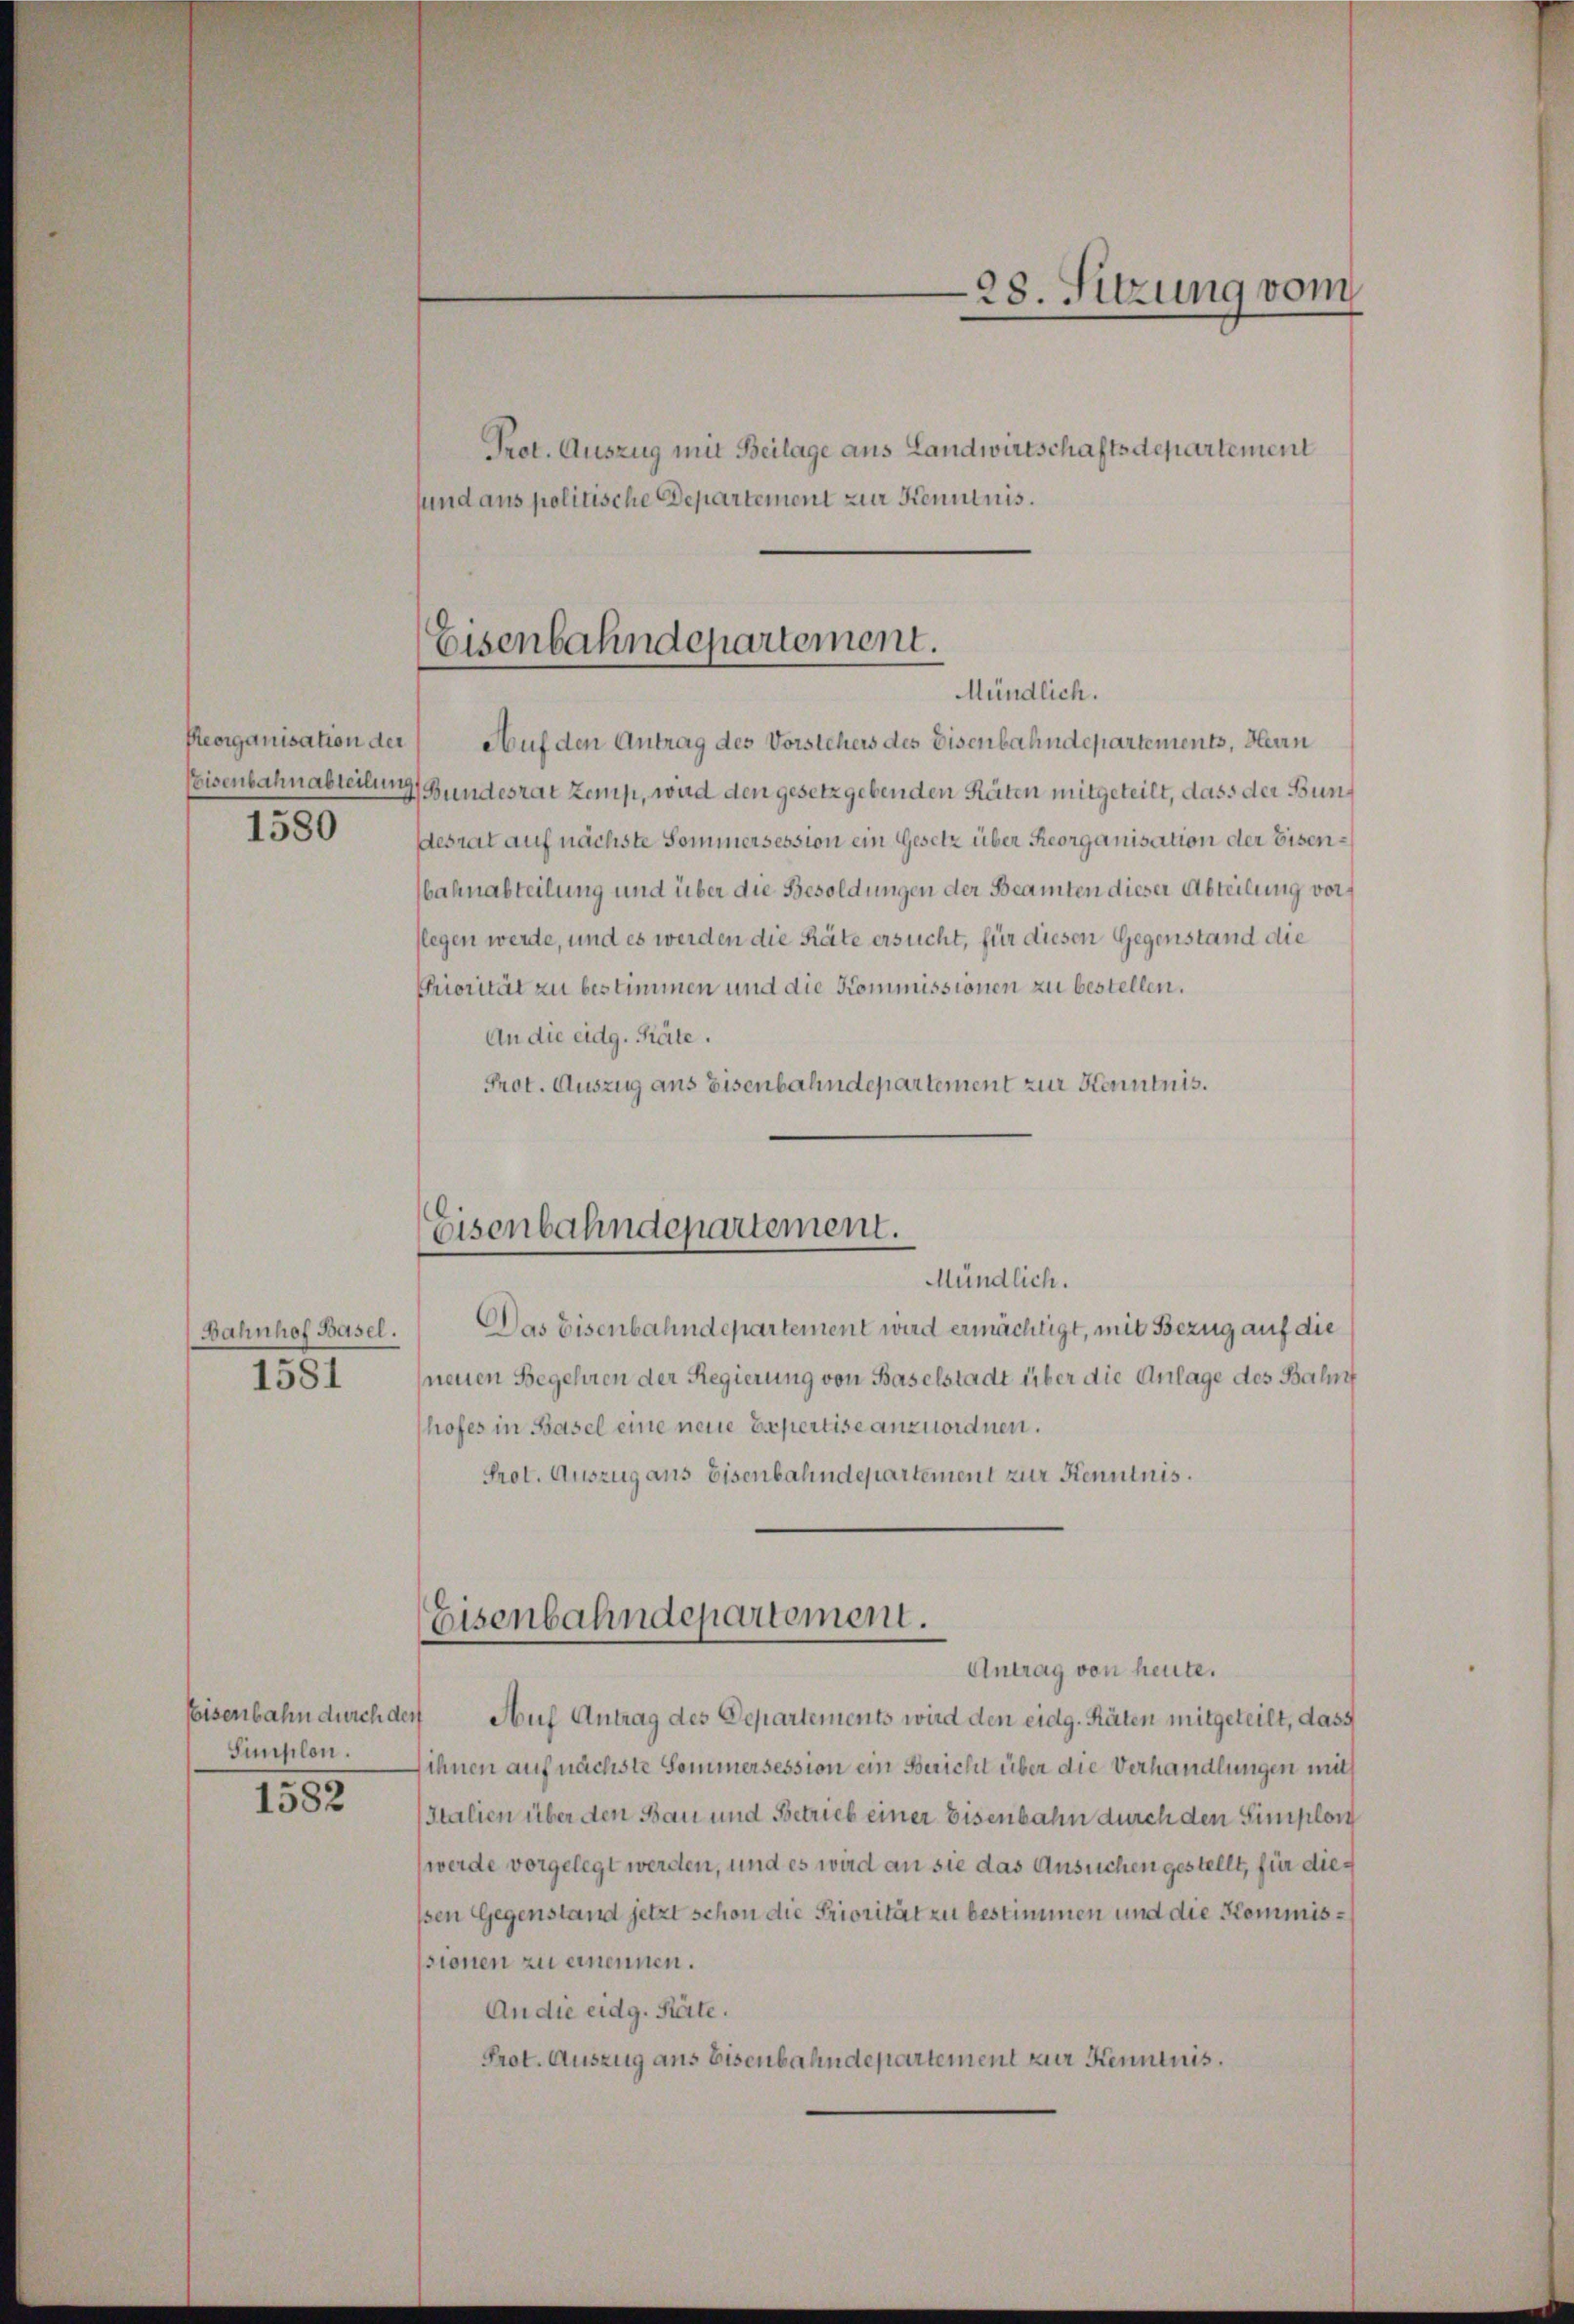
Reorganisation der
1580

Bahnhof Basel.
1581

Eisenbahn durch der
Simplon.

1582

Prot. Auszug mit Beilage aus Landwirtschaftsdepartement
sund aus politische Departement zur Kenntnis.

Auf den Antrag des Vorstehers des Eisenbahndepartements, Herrn
Eisenbahnabteilung, Bundesrat Zemp, wird den gesetzgebenden Räten mitgeteilt, dass der Bundesrat auf nächste Sommersession ein Gesetz über Reorganisation der Eisenbahnabteilung und über die Besoldungen der Beamten dieser Abteilung vorflegen werde, und es werden die Räte ersucht, für diesen Gegenstand die
Priorität zu bestimmen und die Kommissionen zu bestellen.
An die eidg. Räte.
Prot. Auszug aus Eisenbahndepartement zur Kenntnis.

Das Eisenbahndepartement wird ermächtigt, mit Bezug auf die
(neuen Begehren der Regierung von Baselstadt über die Anlage des Bahnf
hofes in Basel eine neue Expertise anzuordnen.
Prot. Auszug aus Eisenbahndepartement zur Kenntnis.

Eisenbahndepartement.
Mündlich.

Eisenbahndepartement.
Mündlich.

Eisenbahndepartement.
Antrag von heute.

28. Sitzung vom

Auf Antrag des Departements wird den eidg. Räten mitgeteilt, dass
fihnen auf nächste Sommersession ein Bericht über die Verhandlungen mit
Italien über den Bau und Betrieb einer Eisenbahn durch den Simplon
(werde vorgelegt werden, und es wird an sie das Ansuchen gestellt, für dießen Gegenstand jetzt schon die Priorität zu bestimmen und die Kommisssionen zu einennen.
An die eidg. Karte.
Prot. Auszug aus Eisenbahndepartement zur Kenntnis.